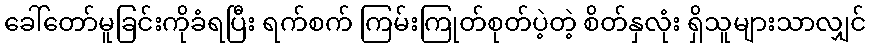
ခေါ်တော်မူခြင်းကိုခံရပြီး ရက်စက် ကြမ်းကြုတ်စုတ်ပဲ့တဲ့ စိတ်နှလုံး ရှိသူများသာလျှင်